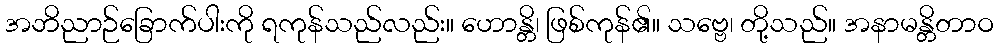
အဘိညာဉ်ခြောက်ပါးကို ရကုန်သည်လည်း။ ဟောန္တိ၊ ဖြစ်ကုန်၏။ သဗ္ဗေ၊ တို့သည်။ အနာမန္တိတာဝ